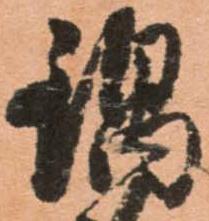
鍋